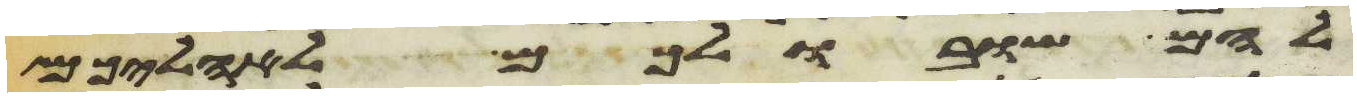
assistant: להם שובו לכם לאהליכם